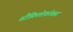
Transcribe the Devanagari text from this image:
स्टैफ़िलोकॉबस